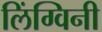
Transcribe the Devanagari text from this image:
लिंग्विनी